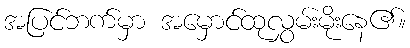
အပြင်ဘက်မှာ အမှောင်ထုလွှမ်းမိုးနေ၏။